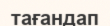
тағандап